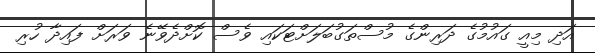
އަދި މިއީ ގައުމުގެ ދަރިންގެ މުސްތަގުބަލަށްޓަކައި ވެސް ކޮށްދެވޭނެ ވަރަށް ފައިދާ ހުރި